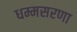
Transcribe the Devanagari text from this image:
धम्मसरणा